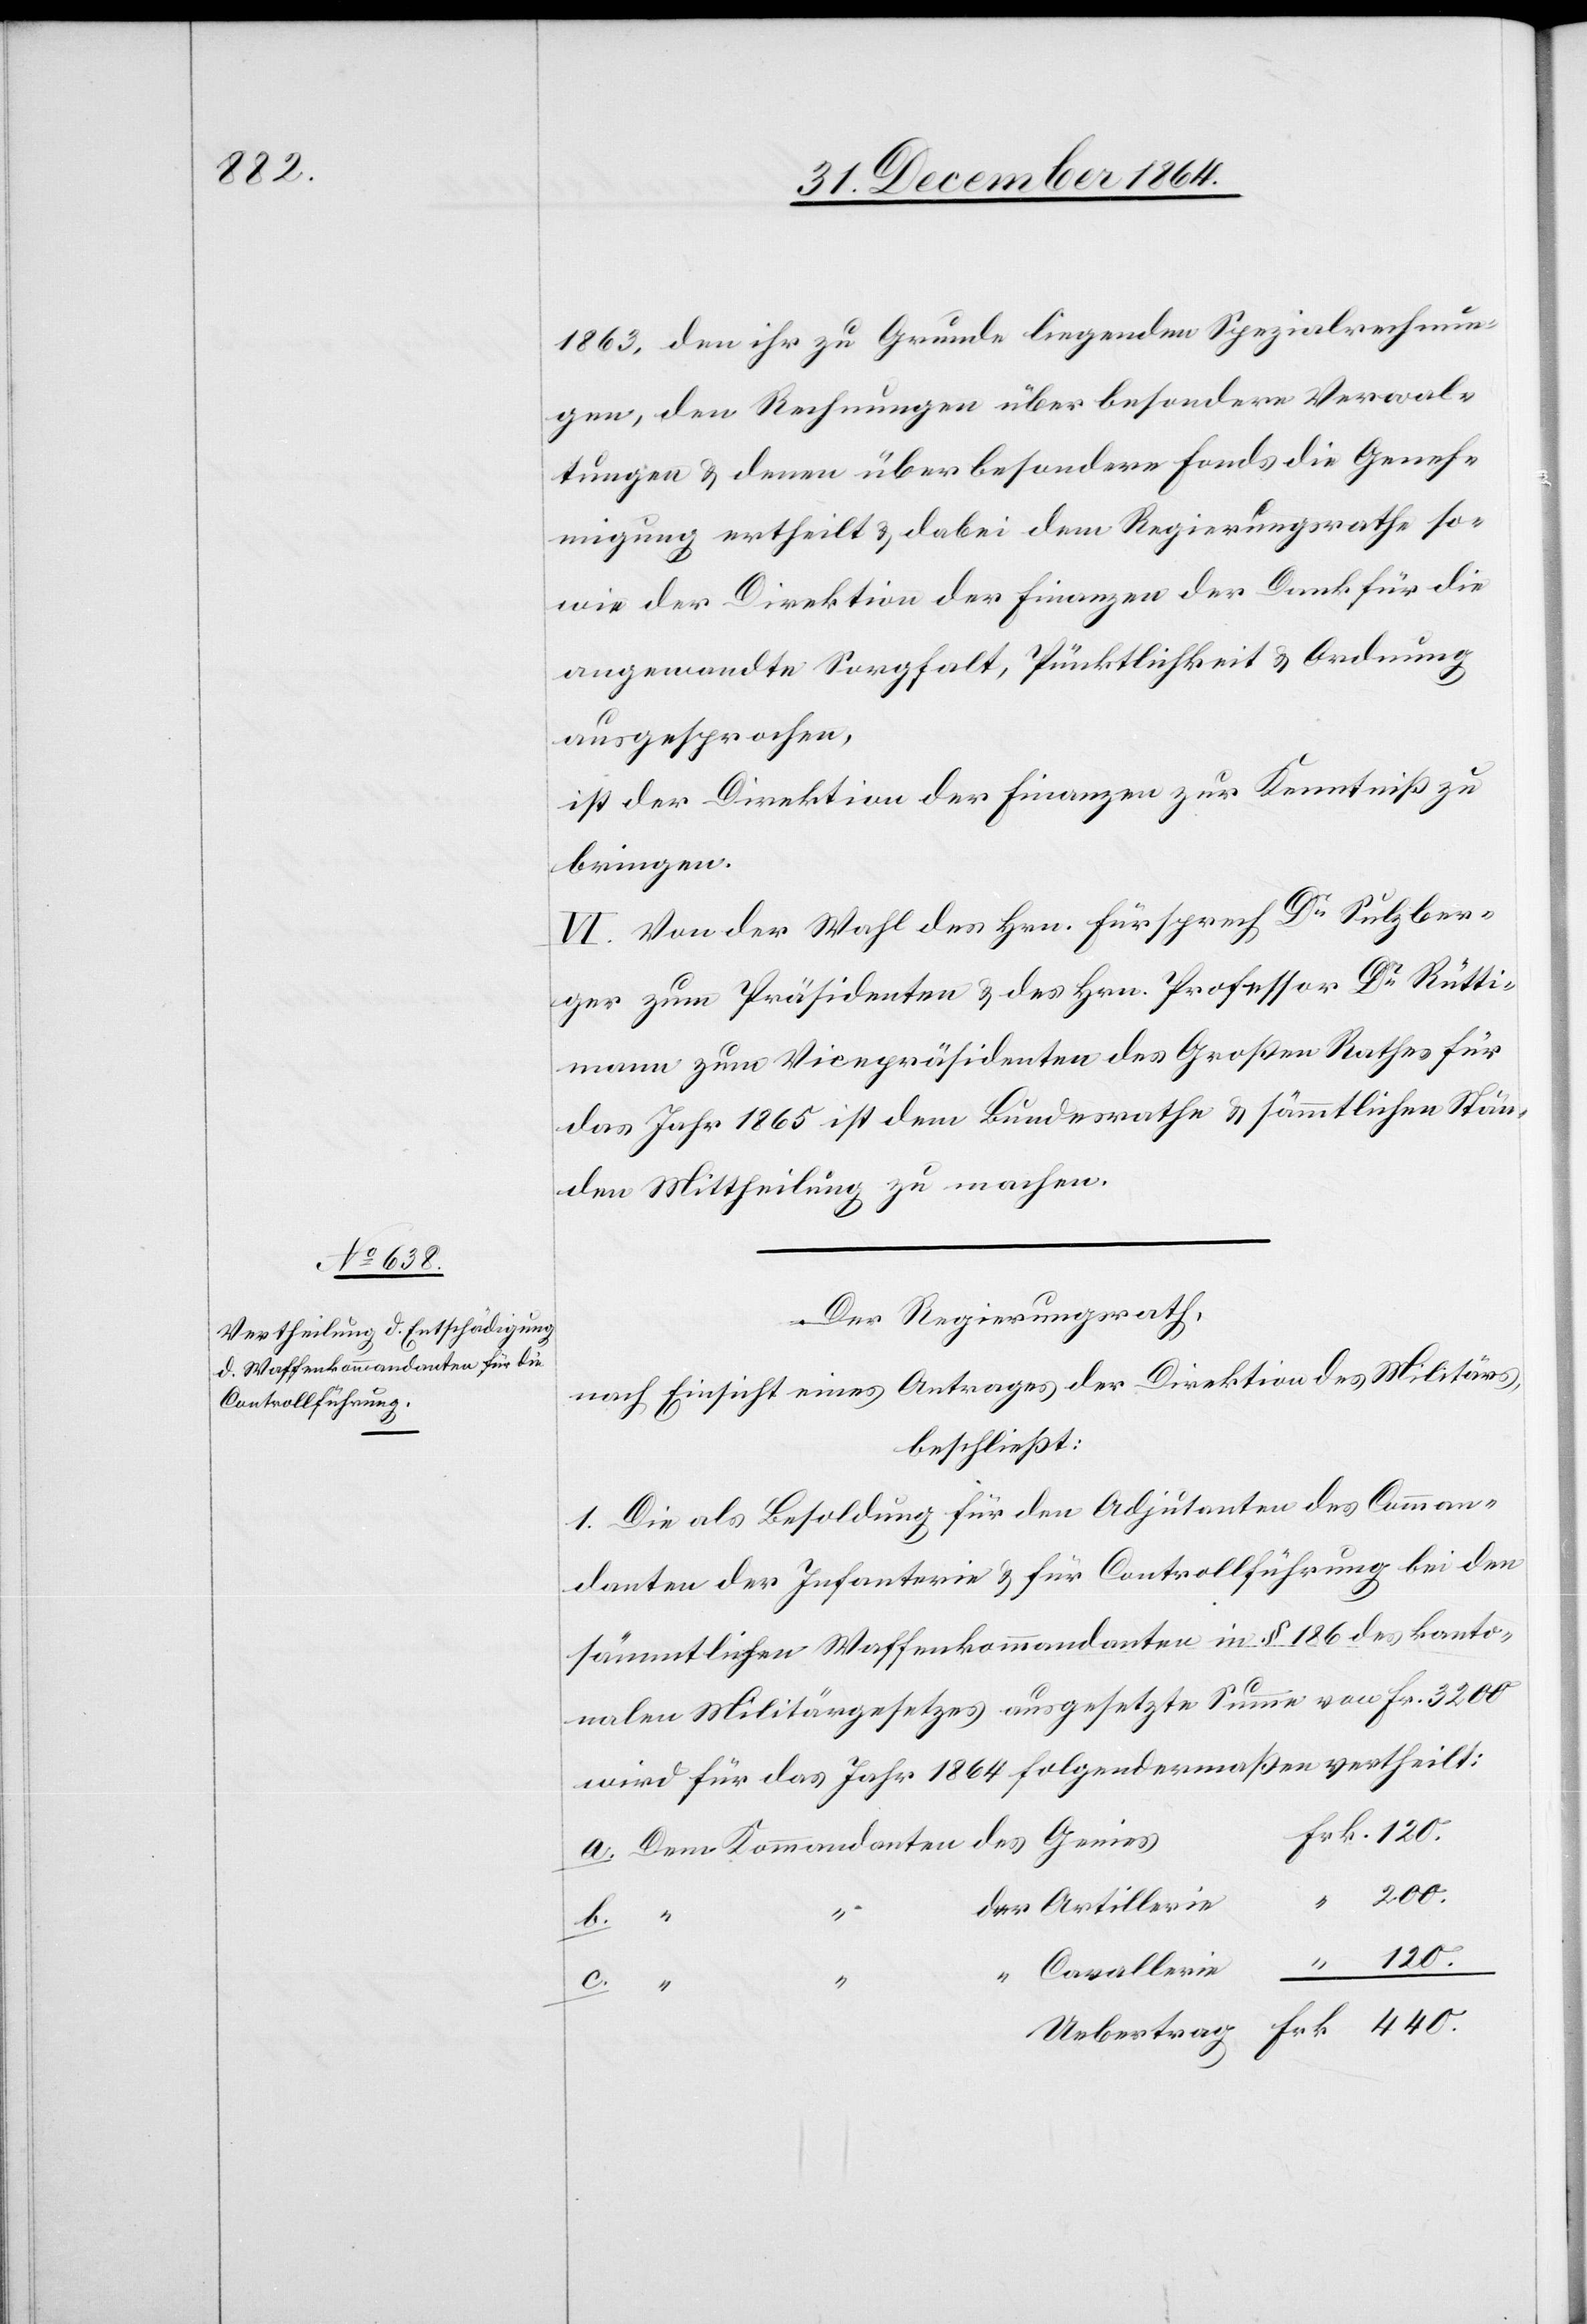
1863, den ihr zu Grunde liegenden Spezialabrechnun¬
gen, den Rechnungen über besondere Verwal¬
tungen & denen über besondere Fonds die Geneh¬
migung ertheilt, & dabei dem Regierungsrathe so¬
wie der Direktion der Finanzen der Dank für die
angewandte Sorgfalt, Pünktlichkeit & Ordnung
ausgesprochen,
ist der Direktion der Finanzen zur Kenntniß zu
bringen.
VI. Von der Wahl des Hrn. Fürsprech Dr Sulzber¬
ger zum Präsidenten & des Hrn. Professor Dr Rütti¬
mann zum Vicepräsidenten des Großen Rathes für
das Jahr 1865 ist dem Bundesrathe & sämmtlichen Stän¬
den Mittheilung zu machen.
Der Regierungsrath,
nach Einsicht eines Antrages der Direktion des Militärs,
beschließt:
1. Die als Besoldung für den Adjutanten des Comman¬
danten der Infanterie & für Controllführung bei den
sämmtlichen Waffenkommandanten in § 186 des kanto¬
nalen Militärgesetzes ausgesetzte Summe von Fr. 3200
wird für das Jahr 1864 folgendermaßen vertheilt:
200.
c.
Cavallerie
120.